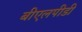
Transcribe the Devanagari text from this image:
बीएलपीडी